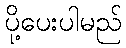
ပို့ပေးပါမည်